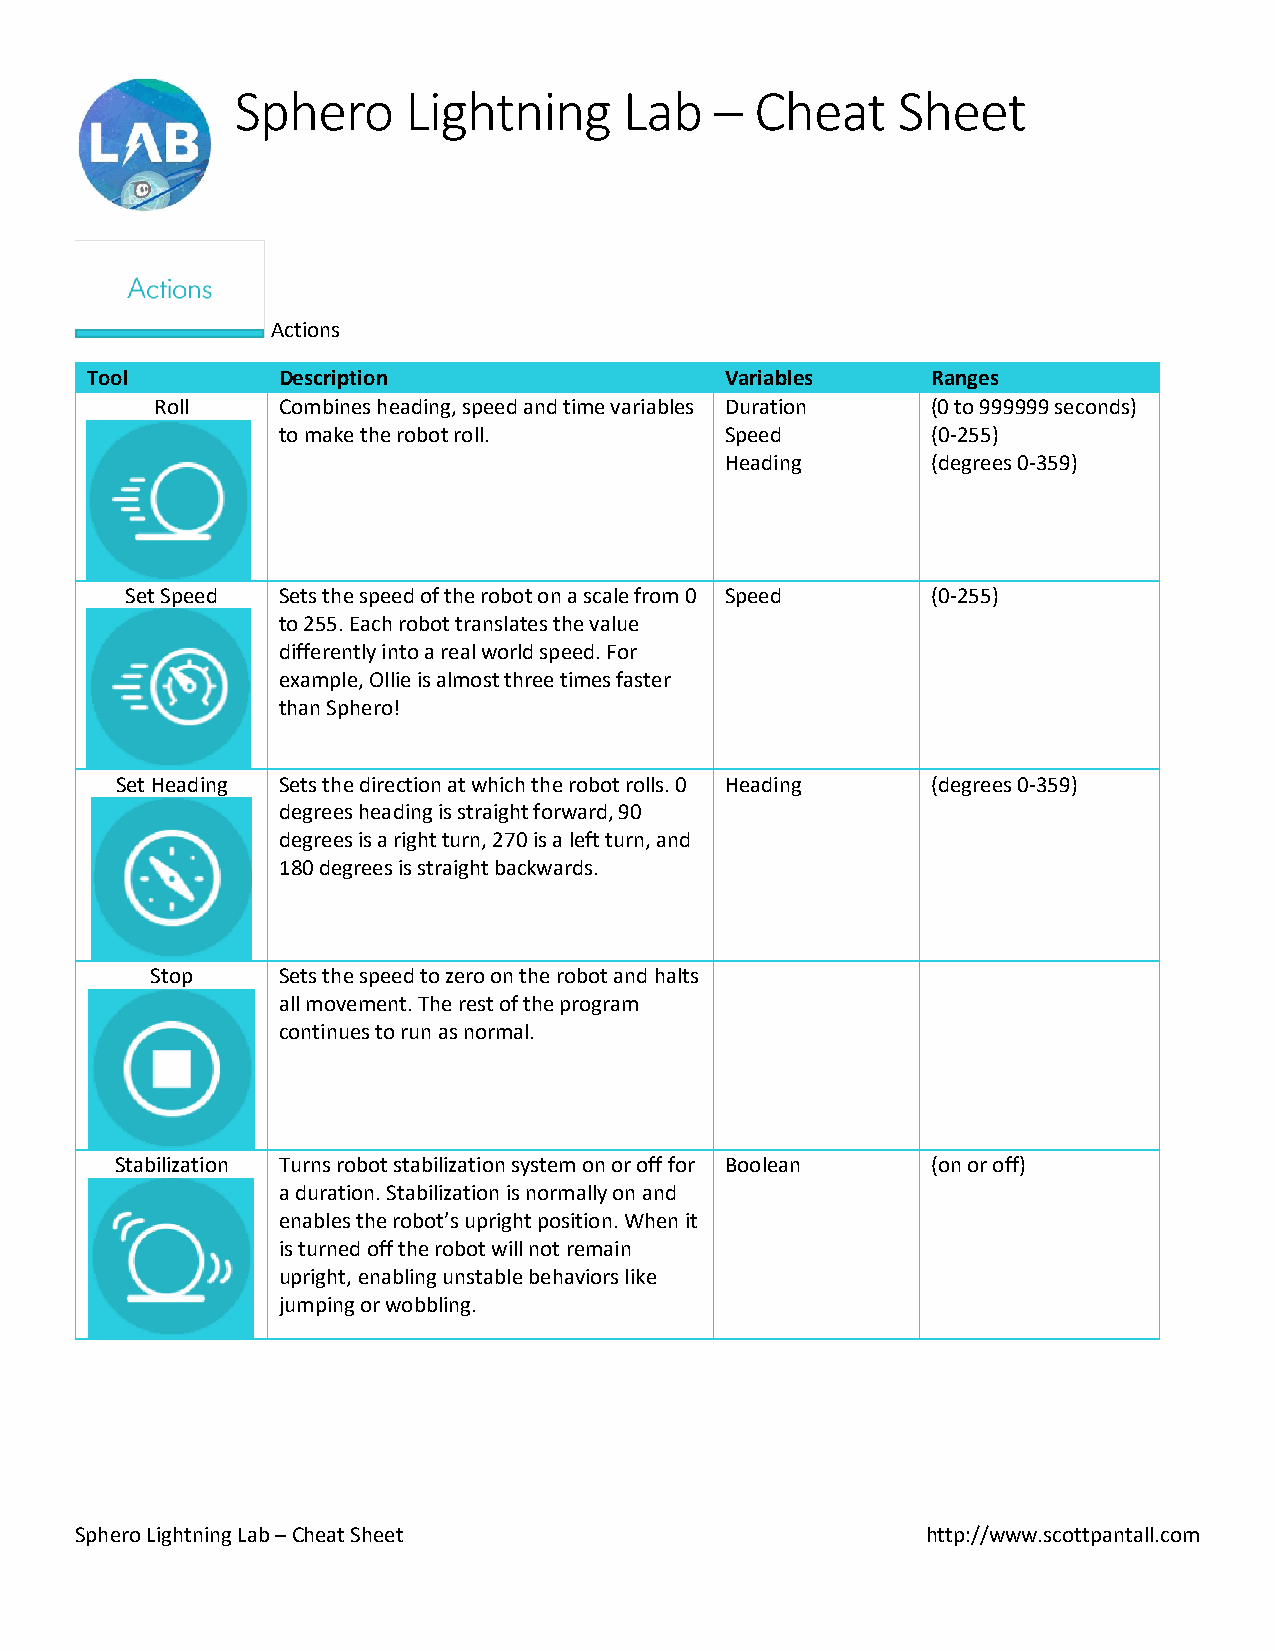
Sphero     Lightning     Lab   –  Cheat    Sheet
 Actions
 Tool        Description                   Variables     Ranges
 Roll    Combines heading, speed and time variables Duration (0 to 999999 seconds)
 to make the robot roll.       Speed         (0-255)
 Heading       (degrees 0-359)
 Set Speed Sets the speed of the robot on a scale from 0 Speed (0-255)
 to 255. Each robot translates the value
 differently into a real world speed. For
 example, Ollie is almost three times faster
 than Sphero!
 Set Heading Sets the direction at which the robot rolls. 0 Heading (degrees 0-359)
 degrees heading is straight forward, 90
 degrees is a right turn, 270 is a left turn, and
 180 degrees is straight backwards.
 Stop    Sets the speed to zero on the robot and halts
 all movement. The rest of the program
 continues to run as normal.
 Stabilization Turns robot stabilization system on or off for Boolean (on or off)
 a duration. Stabilization is normally on and
 enables the robot’s upright position. When it
 is turned off the robot will not remain
 upright, enabling unstable behaviors like
 jumping or wobbling.
 Sphero Lightning Lab – Cheat Sheet                      http://www.scottpantall.com